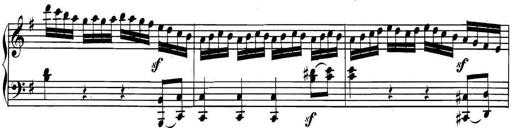
Title: Collected Piano Sonatas
Composer: Muzio Clementi